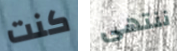
كنت ننتهى